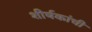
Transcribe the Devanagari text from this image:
शीर्षकांची